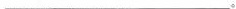
___